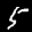
Label: 5